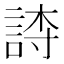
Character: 𬢫